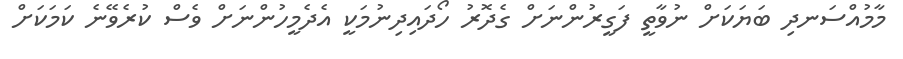
މާމުއްސަނދި ބަޔަކަށް ނުވާތީ ފަގީރުންނަށް ގެދޮރު ހޯދައިދިނުމަކީ އެދެމީހުންނަށް ވެސް ކުރެވޭނެ ކަމަކަށް